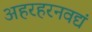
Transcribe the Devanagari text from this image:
अहरहरनवद्यं